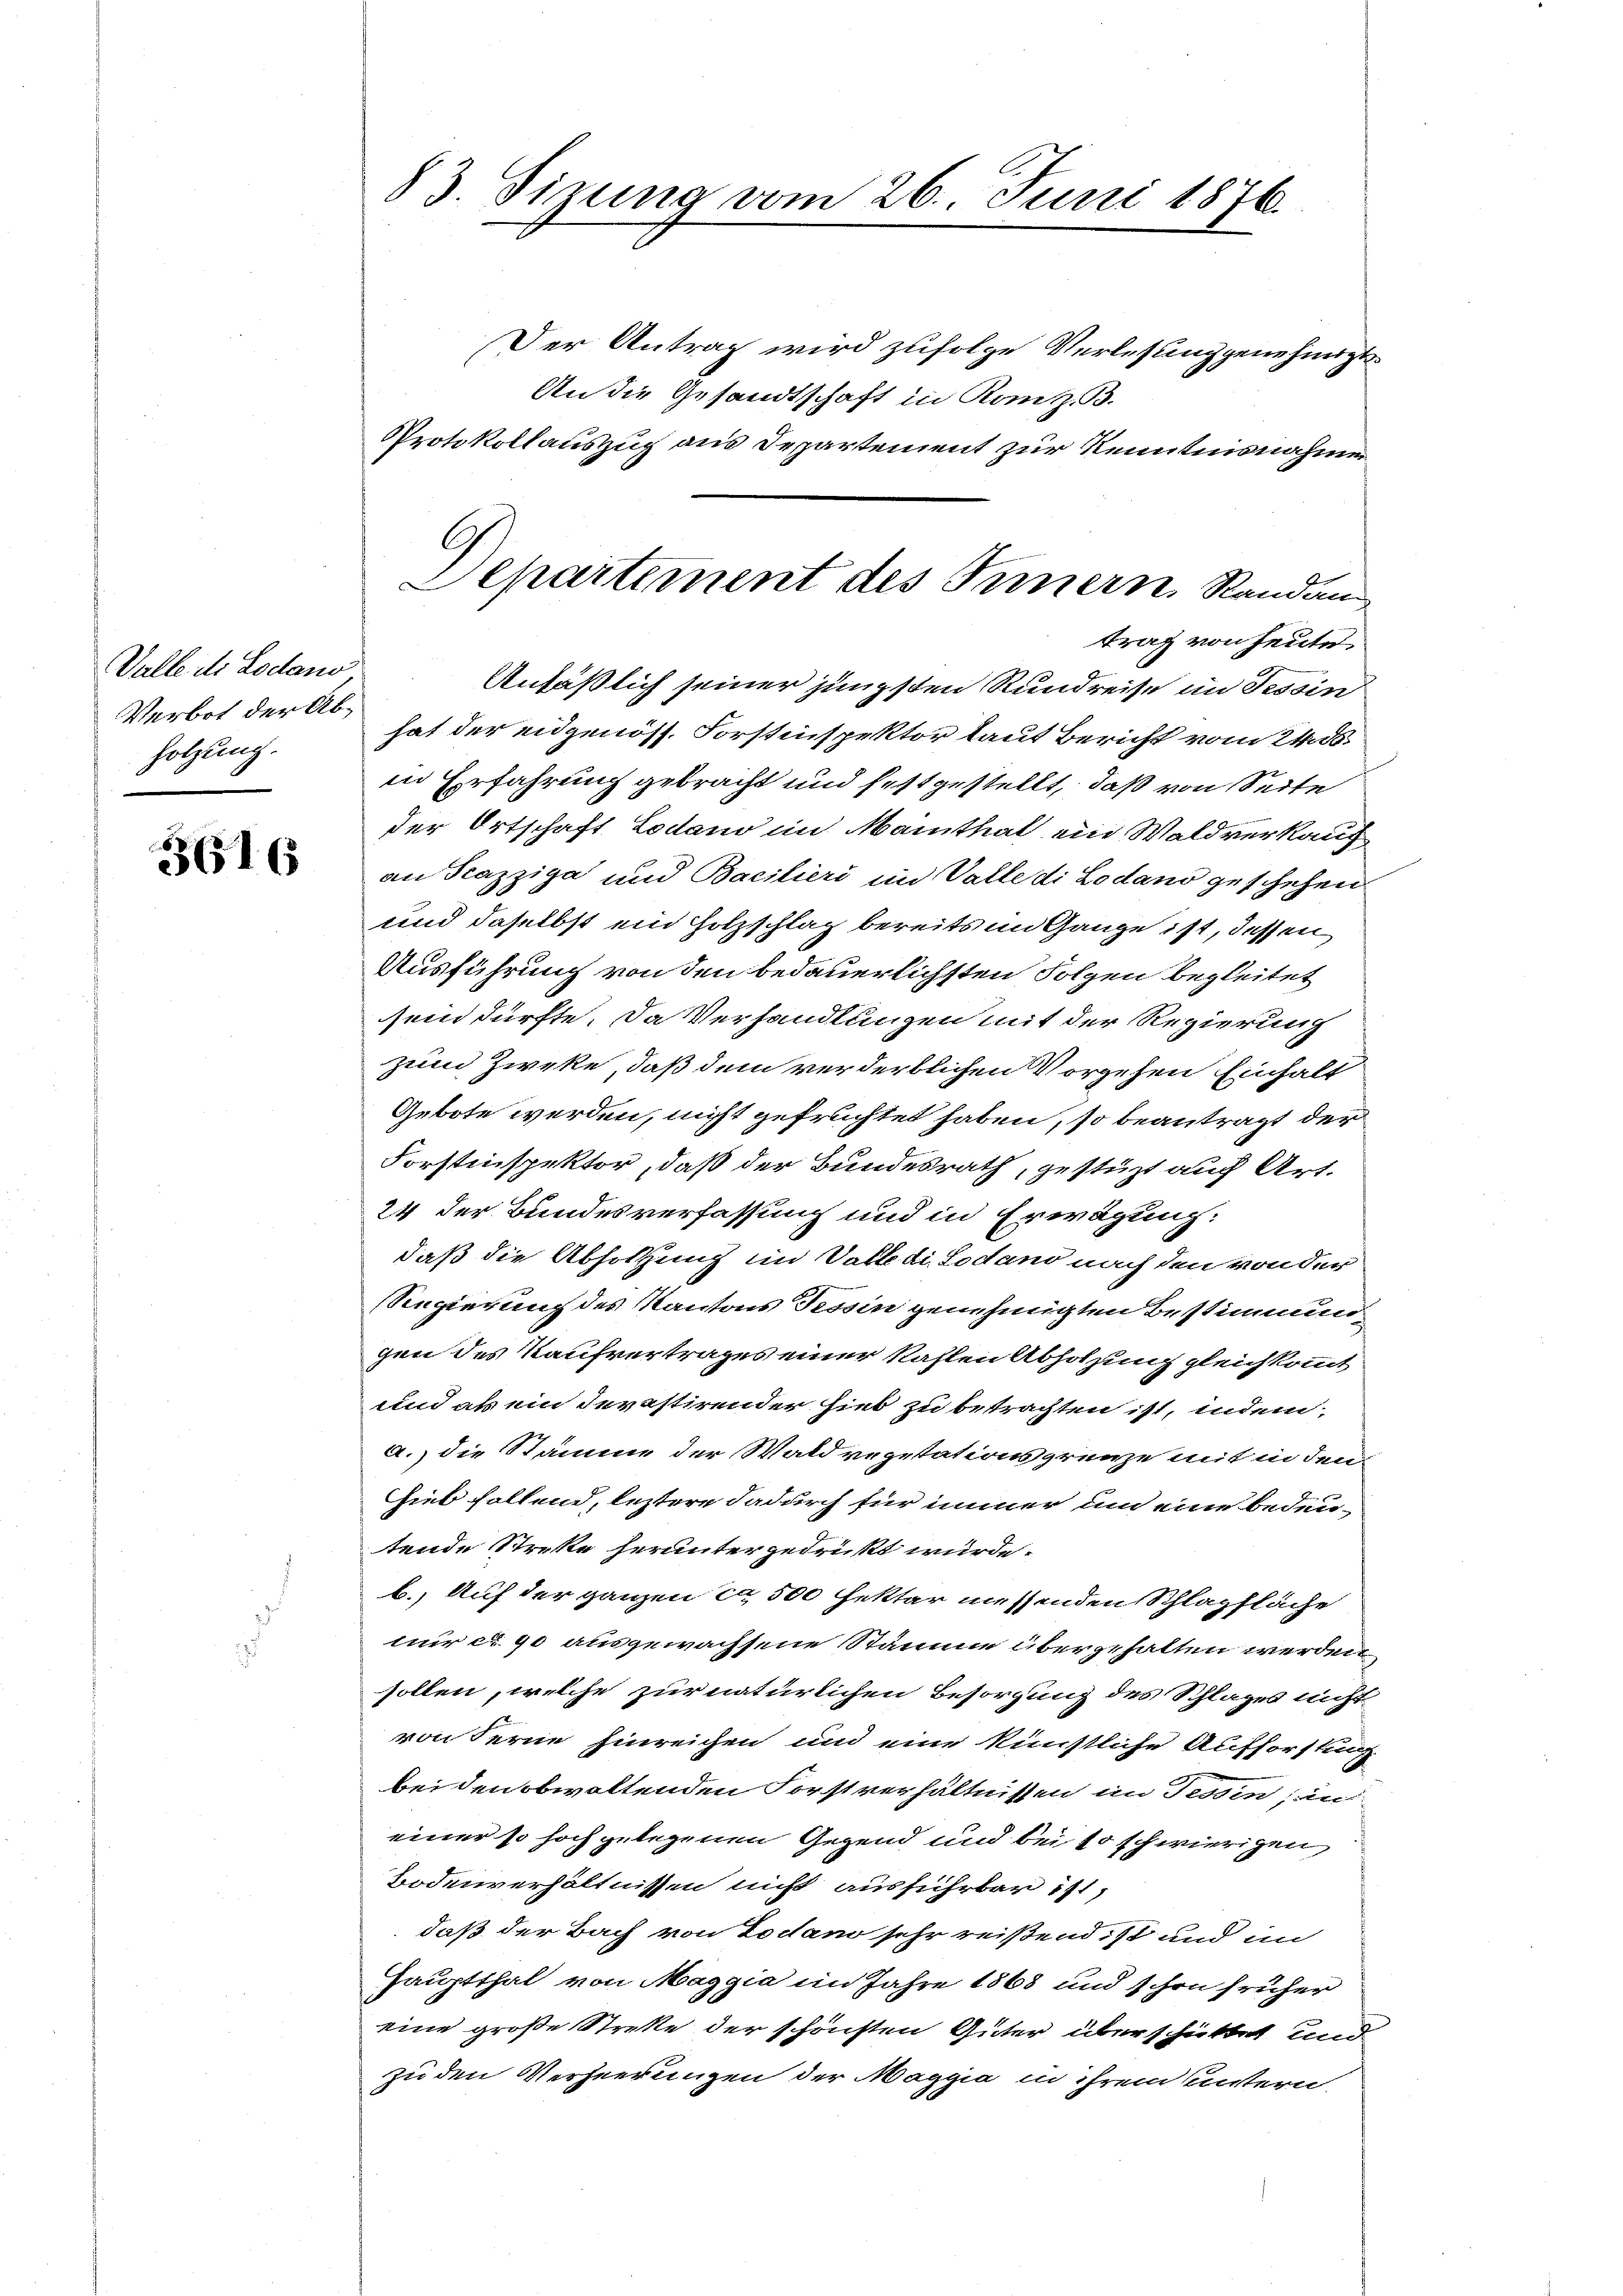
Valle di Lodano
Verbot der Ab¬
Holzung.

3616

83. Sizung vom 26. Juni 1876.

Der Antrag wird zufolge Verlesung genehmigt.
An die Gesandtschaft in Kanz. B.
Protokollauszug aus Departement zur Kenntnisnahme
Antäßlich seiner jüngsten Rundreise im Tessin
hat der eidgenöss. Forstinspektor laut Bericht vom 24. ds.
in Erfahrung gebracht und festgestellt, daß von Seite
der Ortschaft Lodano im Manthal ein Waldverkauf
an Scazziga und Bacitieri im Valle di Lodano geschehen
und daselbst ein Holzschlag bereits im Ganze ist, dessen
Ausführung von den bedauerlichsten Folgen begleitet
sein dürfte. Da Verhandlungen mit der Regierung
zum Zweke, daß dem verderblichen Vorgehen Einhalt
Gebote werden, nicht gefrüchtet haben, so beantragt der
Forstinspektor, daß der Bundesrath, gestüzt auch Art.
24 der Bundesverfassung und in Erwägung:
daß die Absorgung im Vatte di Lodand nach den von der
Regierung des Kantons Tessin genehmigten Bestimmun
gen des Kaufvertrages einer kahlen Abholzung gleichkommt
und als ein Devestirender hieb zu betrachten ist, indem
a.) die Stämme der Waldvegetationsgrenze mit in den
hieb fallend, leztere dadurch für immer um eine bedeu-
tende Strekte herunter gedruckt würde.
b. Auf der ganzen ca 500 fetter messenden Schlagfläche
nur d. 90 ausgewachsene Stamme übergehalten werden
sollen, welche zur natürlichen Besorgung des Schlages nicht
von Ferne hinreichen und eine künstliche Aufforstung
bei den obwaltenden Forstverhältnissen im Tessin; in
einer so hoch gelegenen Gegend und bei so schwierigen,
Bodenverhältnissen nicht ausführbar ist,
daß der Bach von Todano sehr reißend ist und im
Hauptthal von Maggia im Jahre 1868 und schon früher
eine große Strette der schönsten Güter überschüttet und
zu den Verheerungen der Maggia in ihrem untern.

C.
Departement des Innern, Randan
trag von heute.